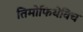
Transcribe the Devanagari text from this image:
तिमोफियेविच